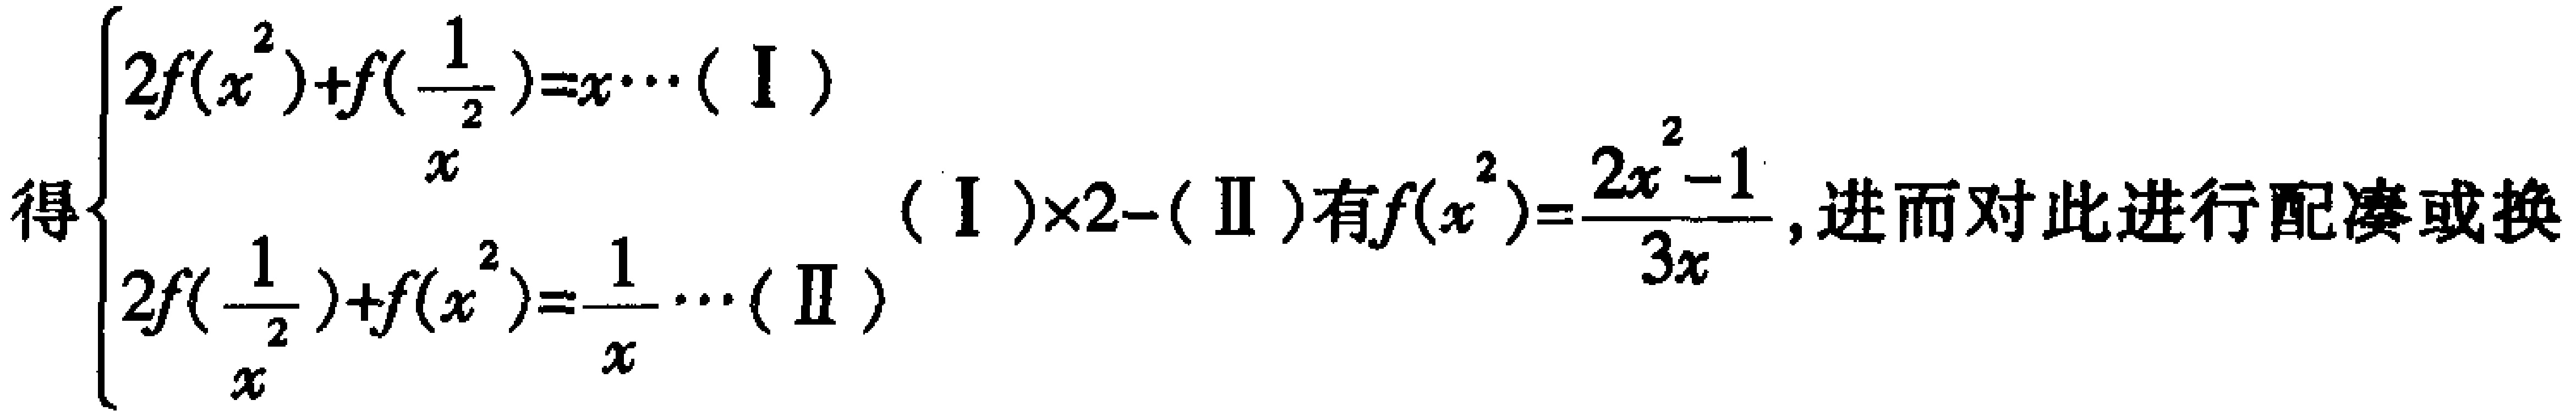
\[\begin{cases}
2f(x^{2}) + f(\frac{1}{x^{2}})=x\cdots(\text{I})\\
2f(\frac{1}{x^{2}})+f(x^{2})=\frac{1}{x}\cdots(\text{II})
\end{cases}\]
得 \((\text{I})\times2 - (\text{II})\)有\(f(x^{2})=\frac{2x^{2}-1}{3x}\)，进而对此进行配凑或换